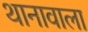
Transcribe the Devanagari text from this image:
थानावाला